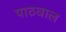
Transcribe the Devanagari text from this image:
पाठवाल